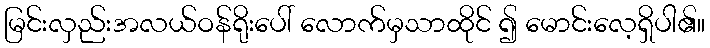
မြင်းလှည်းအလယ်ဝန်ရိုးပေါ် လောက်မှသာထိုင် ၍ မောင်းလေ့ရှိပါ၏။